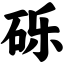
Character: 砾